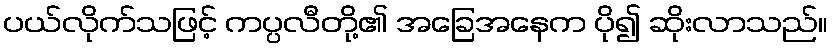
ပယ်လိုက်သဖြင့် ကပ္ပလီတို့၏ အခြေအနေက ပို၍ ဆိုးလာသည်။